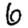
Digit: 6